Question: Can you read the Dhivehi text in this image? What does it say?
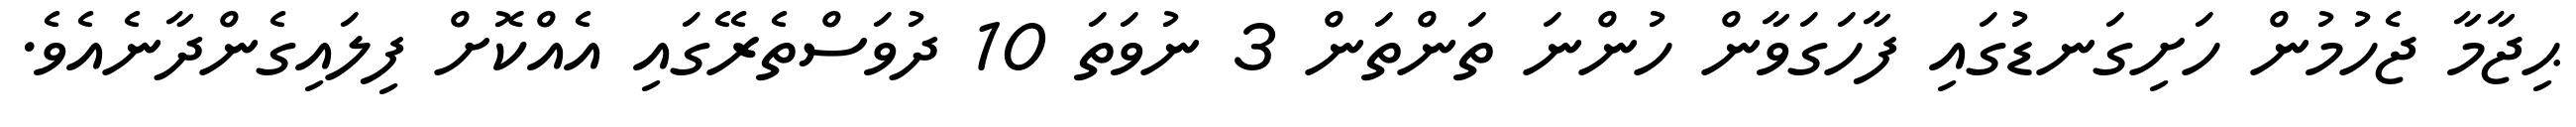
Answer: ޙިޖާމާ ޖެހުމުން ހަށިގަނޑުގައި ފާހަގަވާން ހުންނަ ތަންތަން 3 ނުވަތަ 10 ދުވަސްތެރޭގައި އެއްކޮށް ފިލައިގެންދާނެއެވެ.